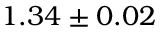
1 . 3 4 \pm 0 . 0 2